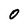
Character: 0